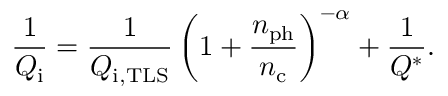
\frac { 1 } { Q _ { \mathrm { i } } } = \frac { 1 } { Q _ { \mathrm { i , T L S } } } \left( 1 + \frac { n _ { \mathrm { p h } } } { n _ { \mathrm { c } } } \right) ^ { - \alpha } + \frac { 1 } { Q ^ { * } } .